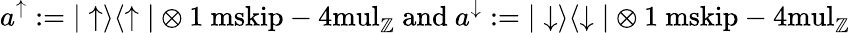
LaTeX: a^{\uparrow}:=|\uparrow\rangle\langle\uparrow|\otimes{\mathchoice{\mathrm{1\ mskip-4mul}}{\mathrm{1\ mskip-4mul}}{\mathrm{1\ mskip-4.5mul}}{\mathrm{1\ mskip-5mul}}}_{\mathord{\mathbb Z}}\mathrm{~and~}a^{\downarrow}:=|\downarrow\rangle\langle\downarrow|\otimes{\mathchoice{\mathrm{1\ mskip-4mul}}{\mathrm{1\ mskip-4mul}}{\mathrm{1\ mskip-4.5mul}}{\mathrm{1\ mskip-5mul}}}_{\mathord{\mathbb Z}}